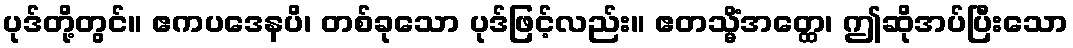
ပုဒ်တို့တွင်။ ဧကပဒေနပိ၊ တစ်ခုသော ပုဒ်ဖြင့်လည်း။ ဧတသ္မိံအတ္ထေ၊ ဤဆိုအပ်ပြီးသော